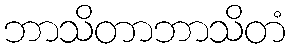
ဘာသိတာဘာသိတံ